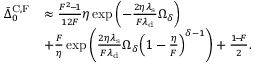
\begin{array} { r l } { \bar { \Delta } _ { 0 } ^ { \mathrm { C , F } } } & { \approx \frac { F ^ { 2 } \! - \! 1 } { 1 2 F } \eta \exp \left( - \frac { 2 \eta \lambda _ { \mathrm { s } } } { F \lambda _ { \mathrm { d } } } \Omega _ { \delta } \right) } \\ & { + \frac { F } { \eta } \exp \left( \frac { 2 \eta \lambda _ { \mathrm { s } } } { F \lambda _ { \mathrm { d } } } \Omega _ { \delta } \Big ( 1 - \frac { \eta } { F } \Big ) ^ { \delta - 1 } \right) + \frac { 1 \! - \! F } { 2 } . } \end{array}